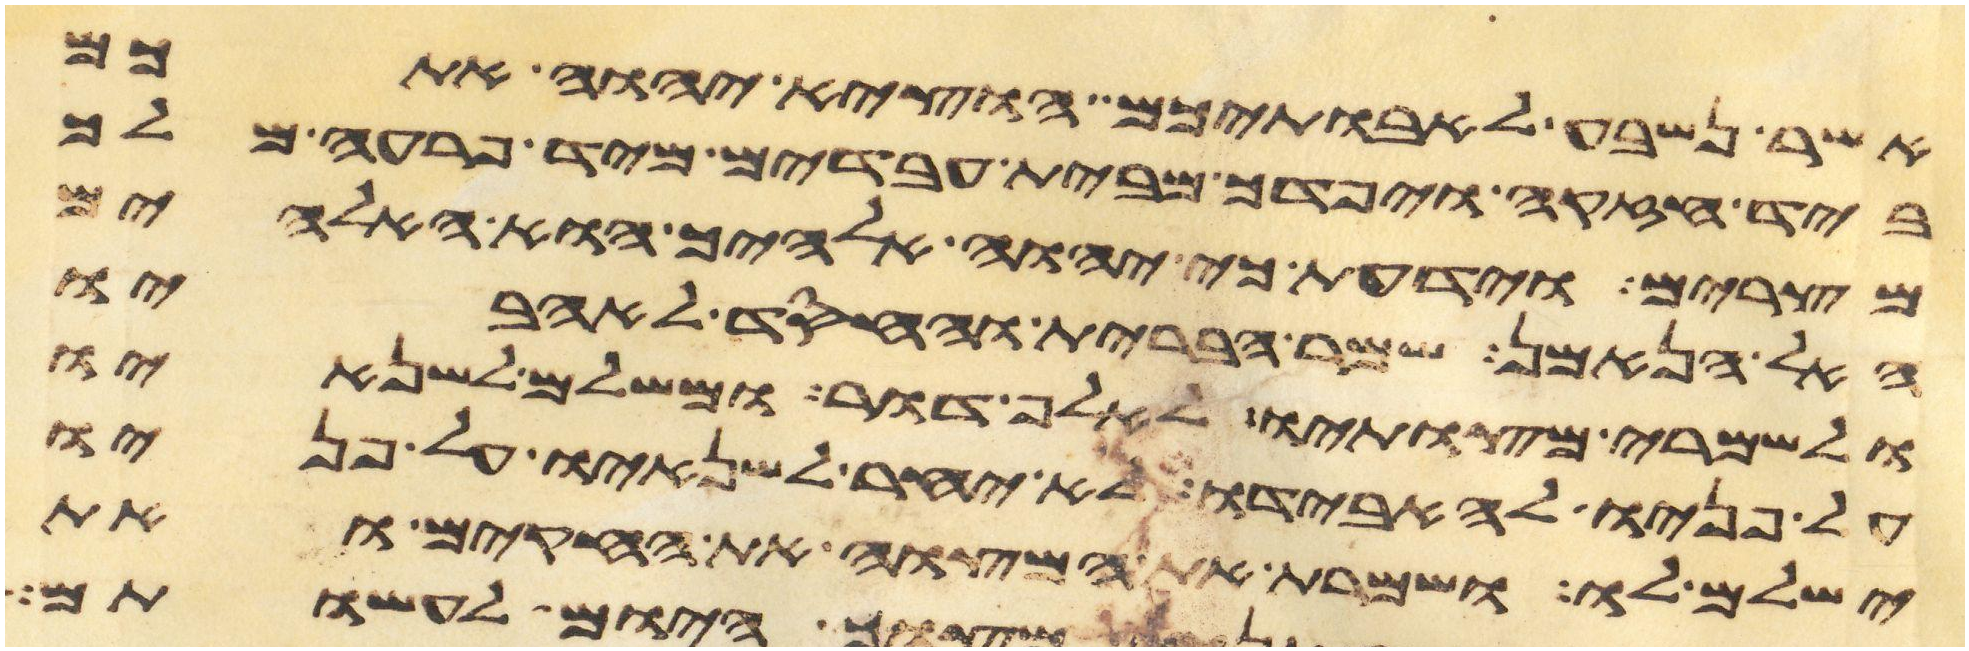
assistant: אשר נשבע לאבתיכם הוציא יהוה אתכם
ביד חזקה ויפדך מבית עבדים מיד פרעה מלך
מצרים וידעת כי יהוה אלהיך הוא האלהים
האל הנאמן שמר הברית והחסד לאהביו
ולשמרי מצותיו לאלף דור ומשלם לשנאיו
על פניו להאבידו לא יאחר לשנאיו על פניו
ישלם לו ושמרת את המצוה את החקים ואת